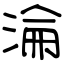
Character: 淪